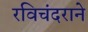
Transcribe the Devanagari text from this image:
रविचंदराने